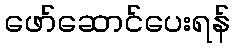
ဖော်ဆောင်ပေးရန်